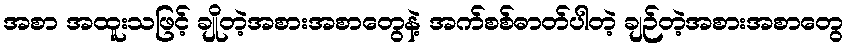
အစာ အထူးသဖြင့် ချိုတဲ့အစားအစာတွေနဲ့ အက်စစ်ဓာတ်ပါတဲ့ ချဉ်တဲ့အစားအစာတွေ